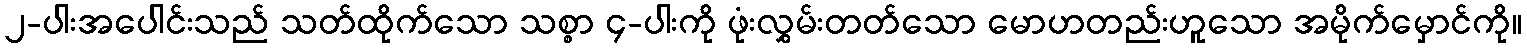
၂-ပါးအပေါင်းသည် သတ်ထိုက်သော သစ္စာ ၄-ပါးကို ဖုံးလွှမ်းတတ်သော မောဟတည်းဟူသော အမိုက်မှောင်ကို။